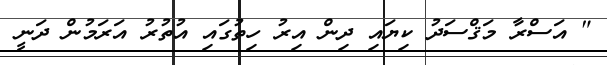
" އަސްރާ މަޤްސަދު ކިޔައި ދިން އިރު ހިތުގައި އުތުރު އަރަމުން ދަނީ